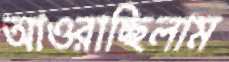
আওরাচ্ছিলাম